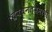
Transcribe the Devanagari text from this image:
द्रवधनत्वमापी